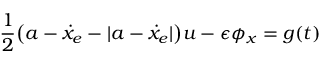
\frac { 1 } { 2 } \big ( a - \dot { x } _ { e } - | a - \dot { x } _ { e } | \big ) u - \epsilon \phi _ { x } = g ( t )